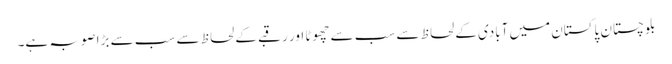
بلوچستان پاکستان میں آبادی کے لحاظ سے سب سے چھوٹا اور رقبے کے لحاظ سے سب سے بڑا صوبہ ہے۔